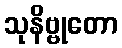
သုနိဗ္ဗုတော